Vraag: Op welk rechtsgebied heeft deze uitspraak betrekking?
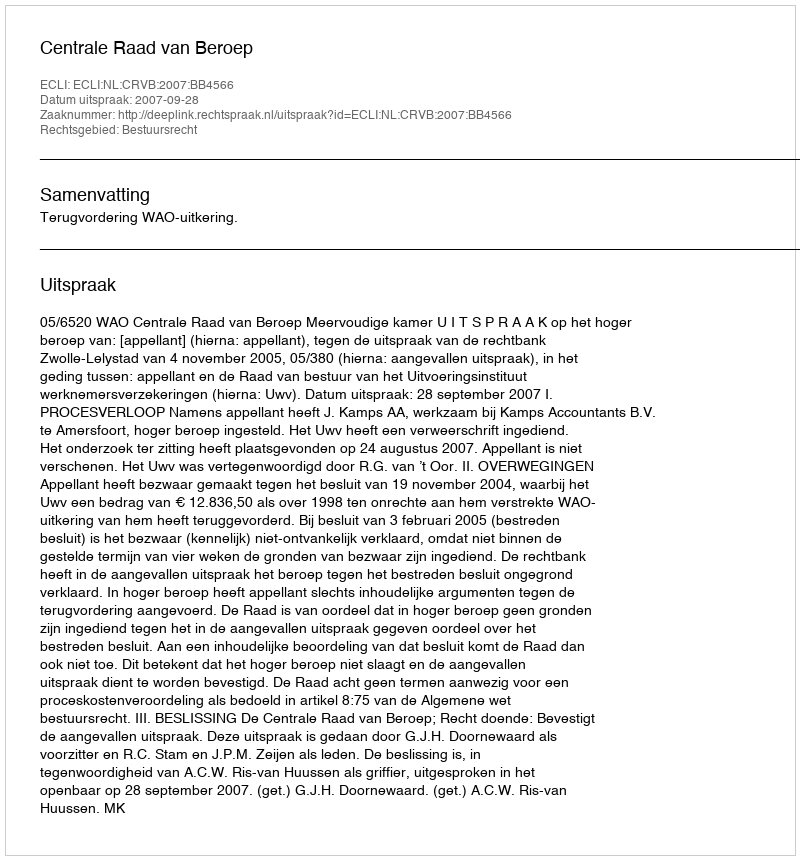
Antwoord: Bestuursrecht